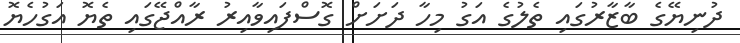
ދުނިޔޭގެ ބާޒާރުގައި ތެލުގެ އަގު މިހާ ދަށަށް ގޮސްފައިވާއިރު ރާއްޖޭގައި ތެޔޮ އަގުހެޔޮ